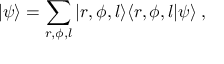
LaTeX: | \psi \rangle = \sum _ { r , \phi , l } | r , \phi , l \rangle \langle r , \phi , l | \psi \rangle \; ,